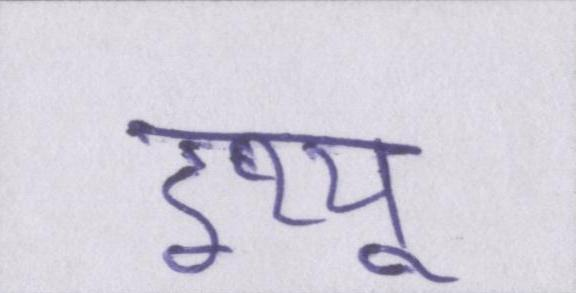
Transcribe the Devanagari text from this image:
इश्यू